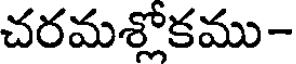
చరమశ్లోకము-